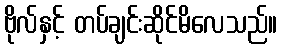
ဗိုလ်နှင့် တပ်ချင်းဆိုင်မိလေသည်။